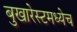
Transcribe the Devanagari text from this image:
बुखारेस्टमध्येच